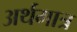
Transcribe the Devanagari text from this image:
अर्थमात्र